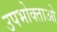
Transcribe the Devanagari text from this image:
उपभोक्‍ताओ